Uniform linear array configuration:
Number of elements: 12
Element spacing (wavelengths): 0.25
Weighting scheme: uniform
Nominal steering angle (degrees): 0
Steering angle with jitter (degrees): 0.01604
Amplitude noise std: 0.05
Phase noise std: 0.05

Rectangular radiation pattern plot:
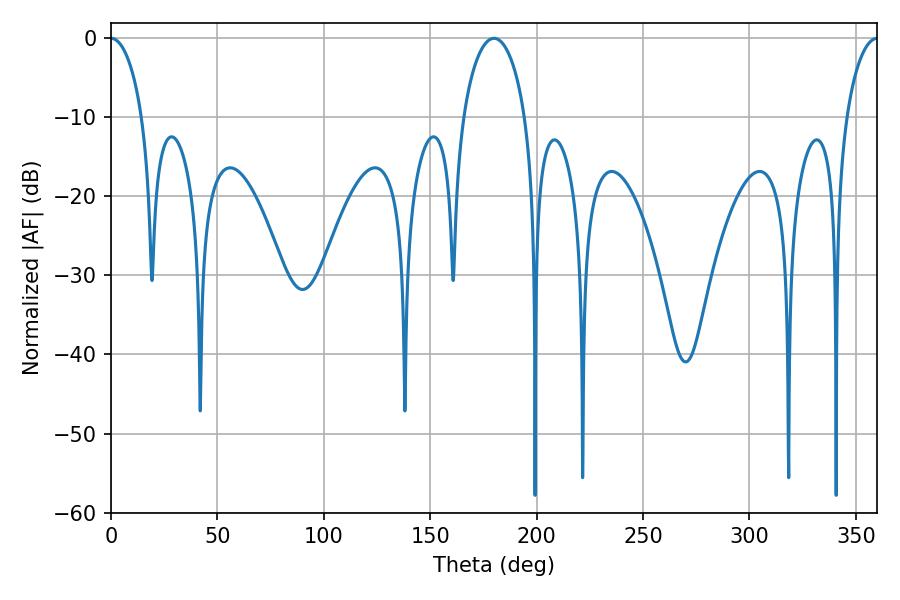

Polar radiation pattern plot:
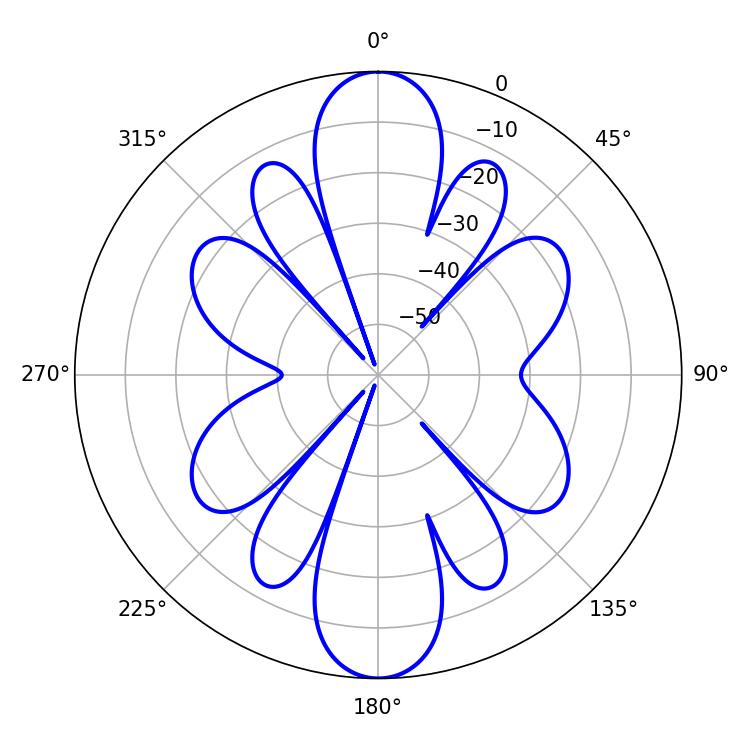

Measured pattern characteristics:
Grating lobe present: FALSE
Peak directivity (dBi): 27.206
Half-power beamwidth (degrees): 8.46
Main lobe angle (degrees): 0